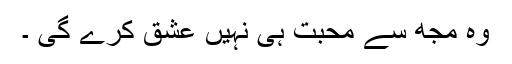
وہ مجھ سے محبت ہی نہیں عشق کرے گی ۔